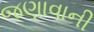
જણાવાની